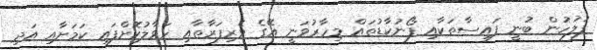
ފުލުހުން ބުނީ ފައިސާތަކާއި ފޯނުކާޑުތައް މިހާރުވަނީ އޭގެ ވެރިފަރާތާއި ހަވާލުކޮށްފައި ކަމަށާއި އަދި